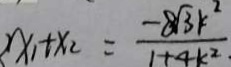
x _ { 1 } + x _ { 2 } = \frac { - 8 \sqrt { 3 } k ^ { 2 } } { 1 + 4 k ^ { 2 . } }